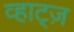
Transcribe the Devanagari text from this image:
व्हाट्ज़